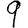
Digit: 9